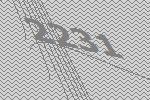
2231